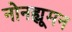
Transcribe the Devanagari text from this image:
नोनह्यूमन